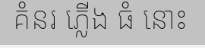
គំនរ ភ្លើង ធំ នោះ